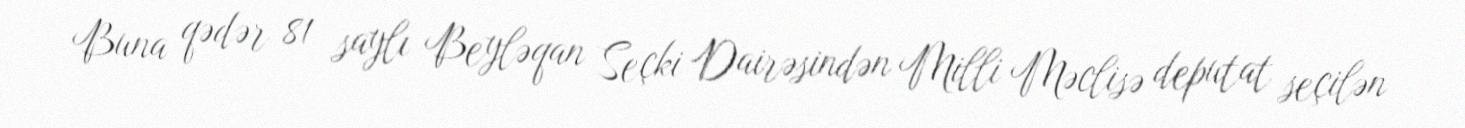
Buna qədər 81 saylı Beyləqan Seçki Dairəsindən Milli Məclisə deputat seçilən